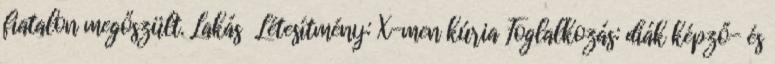
fiatalon megőszült. Lakás Létesítmény: X-men kúria Foglalkozás: diák képző- és